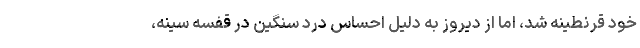
خود قرنطینه شد، اما از دیروز به دلیل احساس درد سنگین در قفسه سینه،